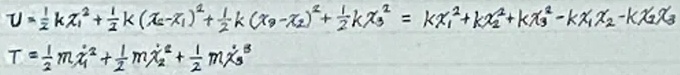
\[
\begin{align*}
U&=\frac{1}{2}kx_1^2+\frac{1}{2}k(x_2 - x_1)^2+\frac{1}{2}k(x_3 - x_2)^2+\frac{1}{2}kx_3^2=kx_1^2+kx_2^2+kx_3^2-kx_1x_2 - kx_2x_3\\
T&=\frac{1}{2}m\dot{x}_1^2+\frac{1}{2}m\dot{x}_2^2+\frac{1}{2}m\dot{x}_3^2
\end{align*}
\]